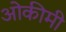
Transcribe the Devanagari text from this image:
ओकीमी